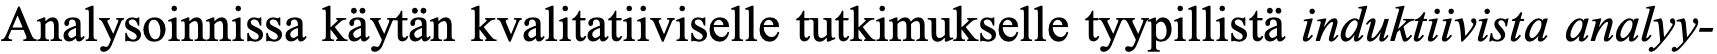
Analysoinnissa käytän kvalitatiiviselle tutkimukselle tyypillistä induktiivista analyy-